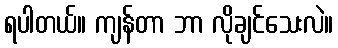
ရပါတယ်။ ကျန်တာ ဘာ လိုချင်သေးလဲ။